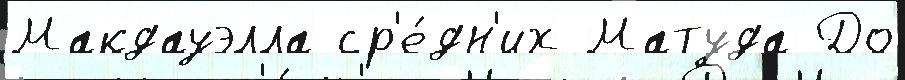
Макдауэлла ср'е́дн'их Матуда До